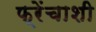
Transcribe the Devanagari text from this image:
फ्रेंचाशी